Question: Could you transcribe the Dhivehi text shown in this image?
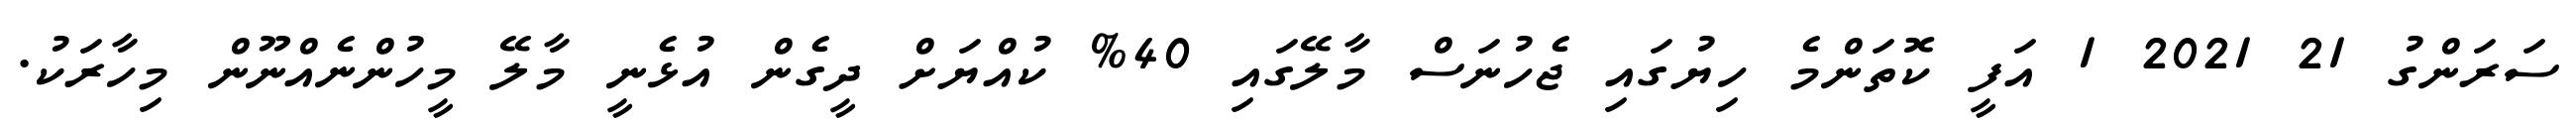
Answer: ސަރަންގު 21 2021 1 އަފީ ކޮތަންމެ ހިޔުގައި ޖެހުނަސް މާލޭގައި 40% ކުއްޔަށް ދީގެން އުޅެނީ މާލޭ މީހުންނެއްނޫން މިހާރަކު.